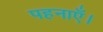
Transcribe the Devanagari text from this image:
पहनाएँ।